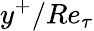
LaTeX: y^{+}/Re_{\tau}